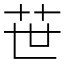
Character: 𦭓